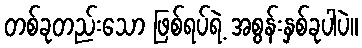
တစ်ခုတည်းသော ဖြစ်ရပ်ရဲ့ အစွန်းနှစ်ခုပါပဲ။